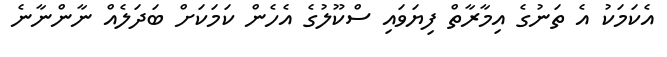
އެކަމަކު އެ ތަނުގެ އިމާރާތް ފިޔަވައި ސްކޫލުގެ އެހެން ކަމަކަށް ބަދަލެއް ނާންނާނެ